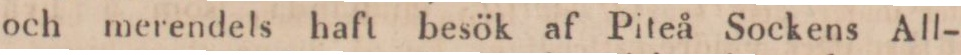
och merendels haft besök af Piteå Sockens All-